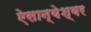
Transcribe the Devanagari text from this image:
ऐसान्येश्वर